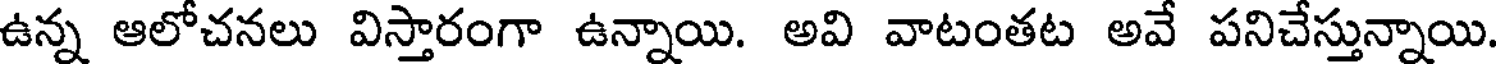
ఉన్న ఆలోచనలు విస్తారంగా ఉన్నాయి. అవి వాటంతట అవే పనిచేస్తున్నాయి